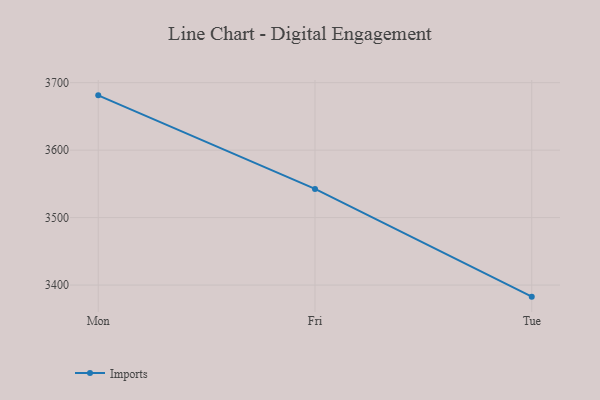
{"axis": {"x": "Day", "y": "Headcount"}, "legend": ["Imports"], "data": [{"x": "Mon", "y": 3681.2, "type": "Imports"}, {"x": "Fri", "y": 3542.5, "type": "Imports"}, {"x": "Tue", "y": 3382.8, "type": "Imports"}]}